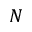
N